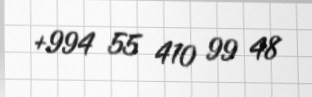
+994 55 410 99 48